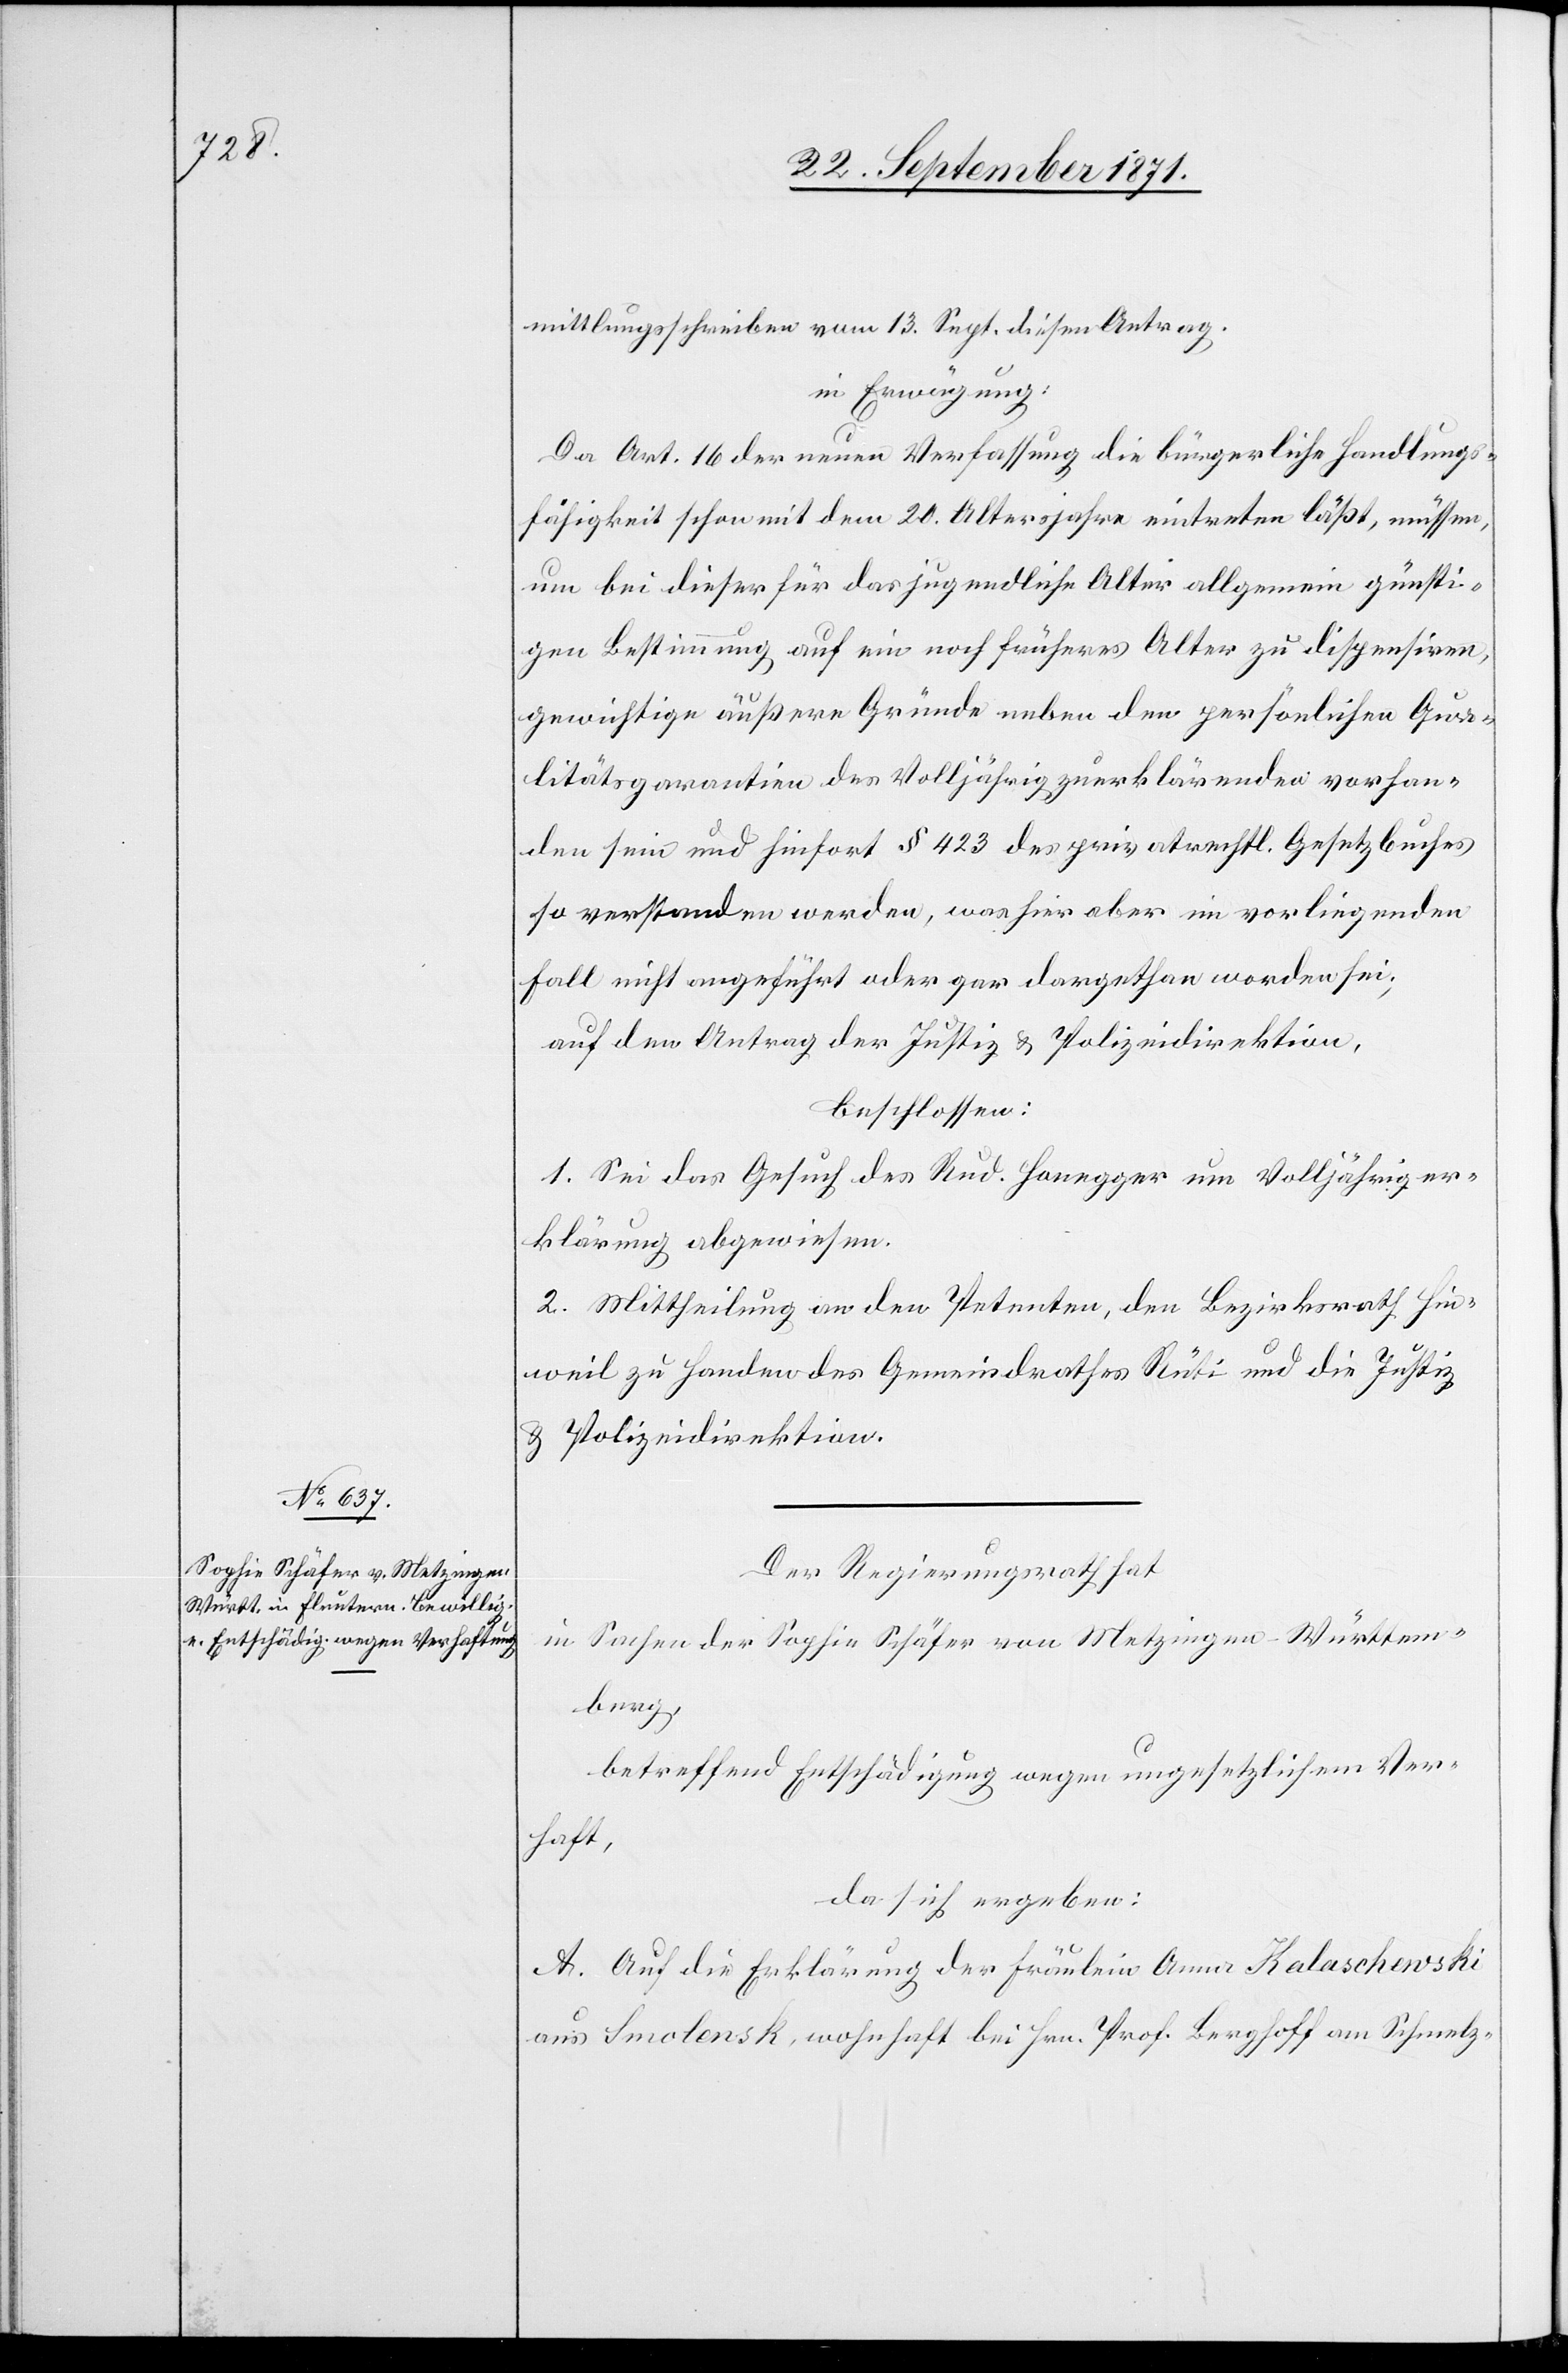
mittlungsschreiben vom 13. Sept. diesen Antrag.
in Erwägung:
Da Art. 16 der neuen Verfassung die bürgerliche Handlungs¬
fähigkeit schon mit dem 20. Altersjahre eintreten läßt, müssen,
um bei dieser für das jugendliche Alter allgemein günsti¬
gen Bestimmung auf ein noch früheres Alter zu dispensiren,
gewichtige äußere Gründe neben den persönlichen Qua¬
litätsgarantien des Volljährigzuerklärenden vorhan¬
den sein und hiefort § 423 des privatrechtl. Gesetzbuches
so verstanden werden, was hier aber im vorliegenden
Fall nicht angeführt oder gar dargethan worden sei;
auf den Antrag der Justiz[-] & Polizeidirektion
beschlossen:
1. Sei das Gesuch des Rud. Honegger um Volljähriger¬
klärung abgewiesen.
2. Mittheilung an den Petenten, den Bezirksrath Hin¬
weil zu Handen des Gemeindrathes Rüti und die Justiz[-]
& Polizeidirektion.
Der Regierungsrath hat,
in Sachen der Sophie Schäfer von Metzingen-Württem¬
berg,
betreffend Entschädigung wegen ungesetzlichem Ver¬
haft,
da sich ergeben:
A. Auf die Erklärung der Fräulein Anna Kalaschewski
aus Smolensk, wohnhaft bei Hrn. Prof. Berghoff am Schmelz-